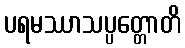
ပရမဿာသပ္ပတ္တောတိ